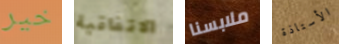
خير الاتفاقية ملابسنا الأستاذة